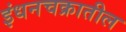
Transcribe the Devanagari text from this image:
इंधनचक्रातील